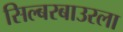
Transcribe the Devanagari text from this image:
सिल्बरबाउरला